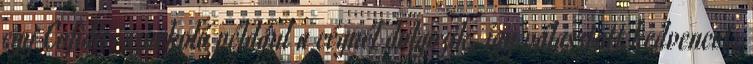
egy Cofidis-szurkoló például a cégnél dolgozik, így választott kedvencet.